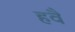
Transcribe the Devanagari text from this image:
हवै